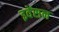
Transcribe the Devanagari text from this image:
इवेंसन